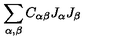
\sum _ { \alpha , \beta } C _ { \alpha \beta } J _ { \alpha } J _ { \beta }